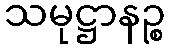
သမုဋ္ဌာနဉ္စ